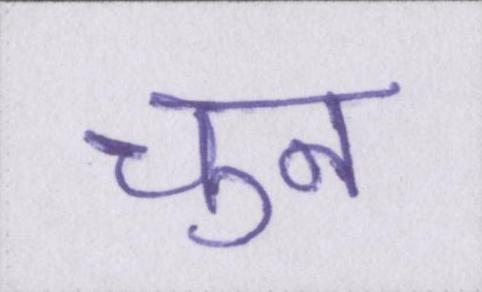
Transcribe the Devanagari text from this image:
चुन